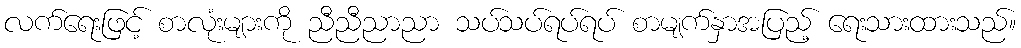
လက်ရေးဖြင့် စာလုံးများကို ညီညီညာညာ သပ်သပ်ရပ်ရပ် စာမျက်နှာအပြည့် ရေးသားထားသည်။